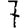
Digit: 7